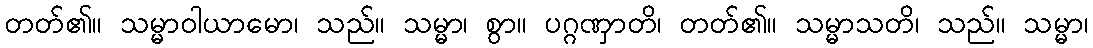
တတ်၏။ သမ္မာဝါယာမော၊ သည်။ သမ္မာ၊ စွာ။ ပဂ္ဂဏှာတိ၊ တတ်၏။ သမ္မာသတိ၊ သည်။ သမ္မာ၊